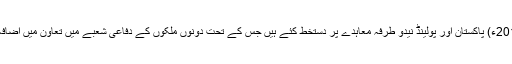
19 اپریل2018ء) پاکستان اور پولینڈ نیدو طرفہ معاہدے پر دستخط کئے ہیں جس کے تحت دونوں ملکوں کے دفاعی شعبے میں تعاون میں اضافہ ہوجائے گا۔